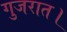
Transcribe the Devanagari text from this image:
गुजरात।